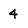
Character: 4